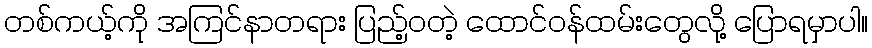
တစ်ကယ့်ကို အကြင်နာတရား ပြည့်ဝတဲ့ ထောင်ဝန်ထမ်းတွေလို့ ပြောရမှာပါ။